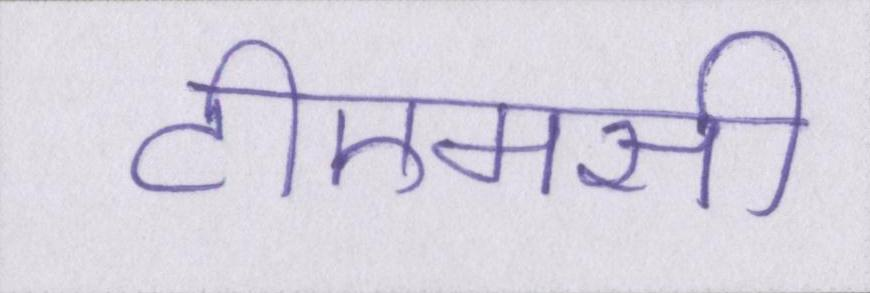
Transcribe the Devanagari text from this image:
टीएमसी